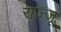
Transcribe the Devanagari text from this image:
राज्जू